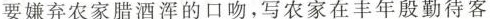
要嫌弃农家腊酒浑的口吻，写农家在丰年殷勤待客